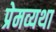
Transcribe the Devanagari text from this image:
प्रेमव्यथा